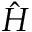
\hat { H }